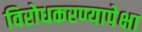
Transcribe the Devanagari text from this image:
विरोधकरण्यापेक्षा